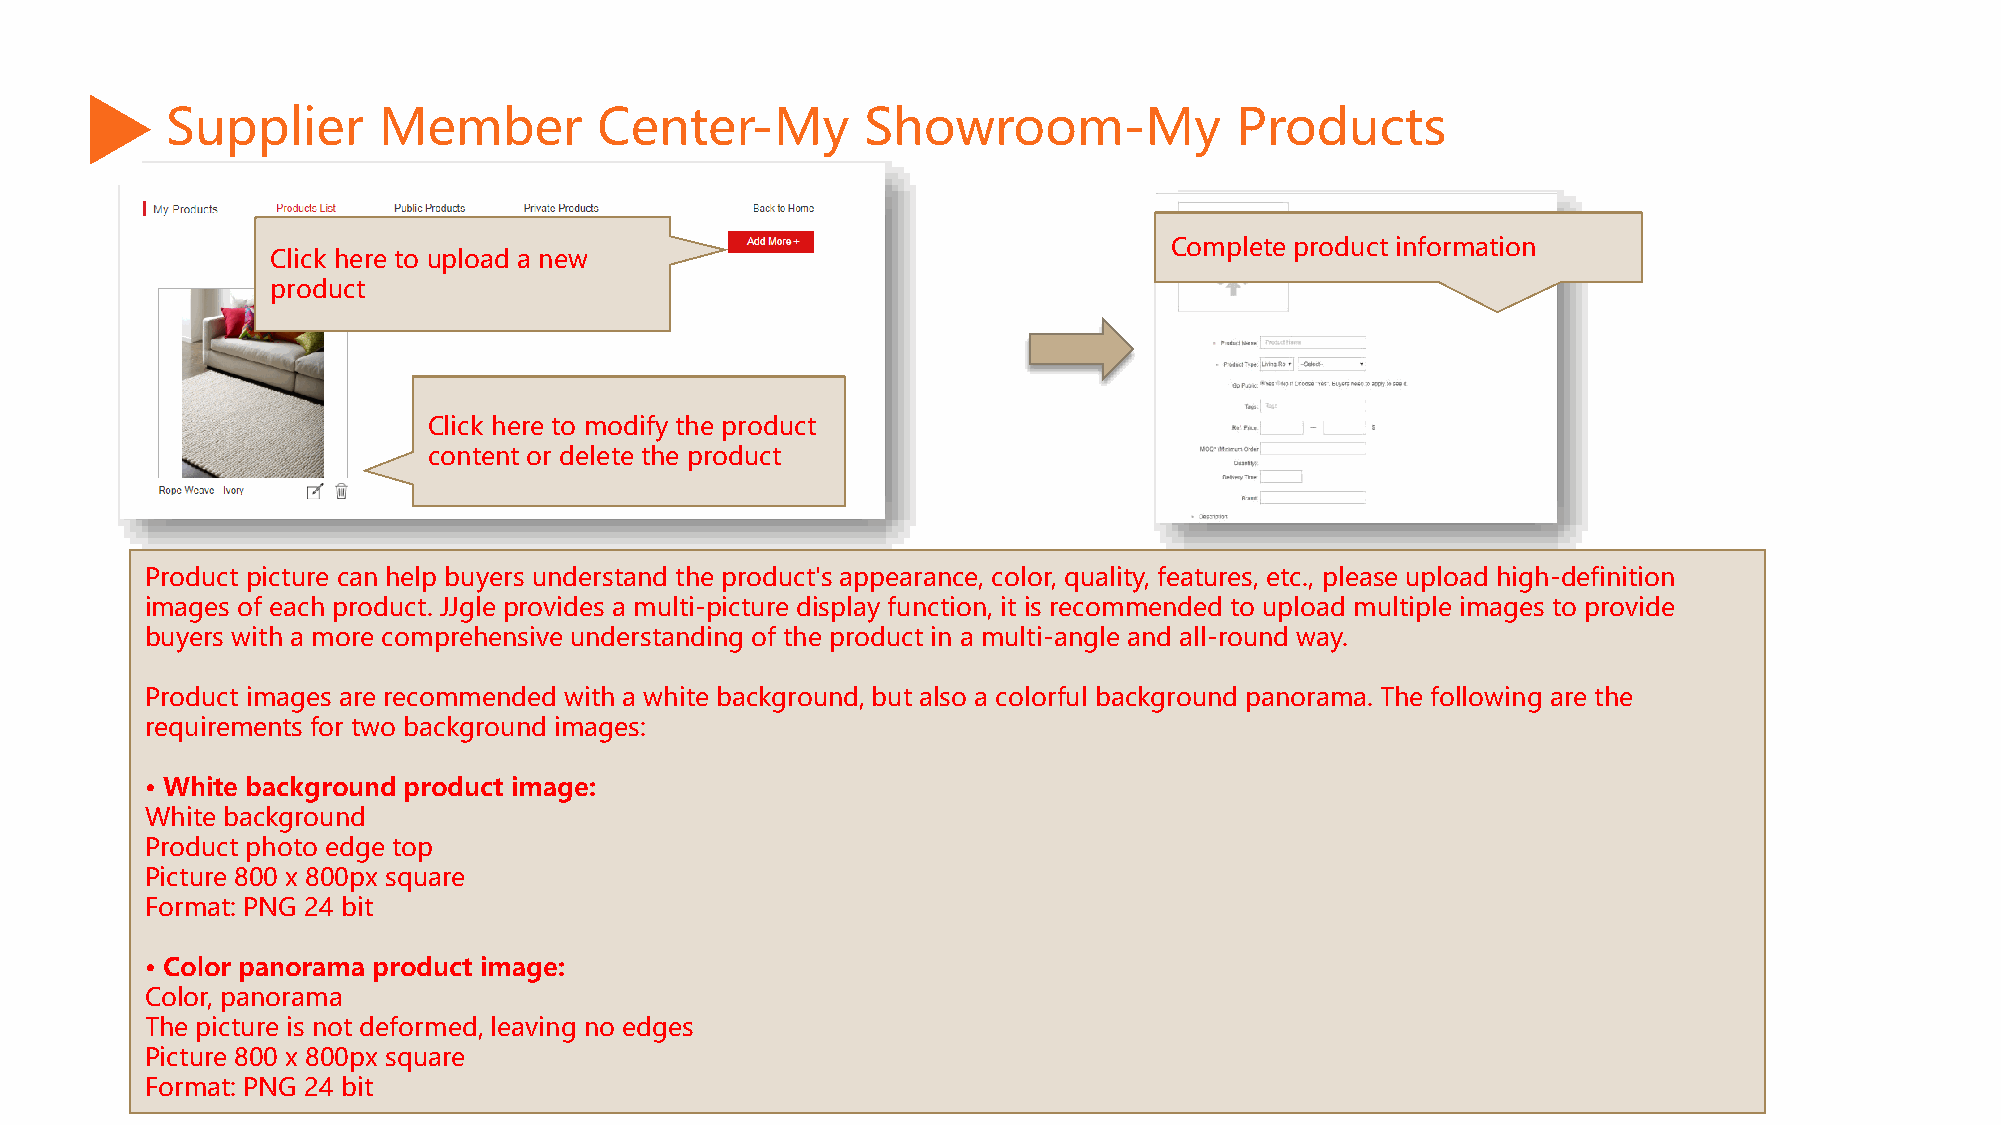
Supplier      Member         Center-My        Showroom-My              Products
 Complete product information
 Click here to upload a new
 product
 Click here to modify the product
 content or delete the product
 Product picture can help buyers understand the product's appearance, color, quality, features, etc., please upload high-definition
 images of each product. JJgle provides a multi-picture display function, it is recommended to upload multiple images to provide
 buyers with a more comprehensive understanding of the product in a multi-angle and all-round way.
 Product images are recommended with a white background, but also a colorful background panorama. The following are the
 requirements for two background images:
 • White background product image:
 White background
 Product photo edge top
 Picture 800 x 800px square
 Format: PNG 24 bit
 • Color panorama product image:
 Color, panorama
 The picture is not deformed, leaving no edges
 Picture 800 x 800px square
 Format: PNG 24 bit